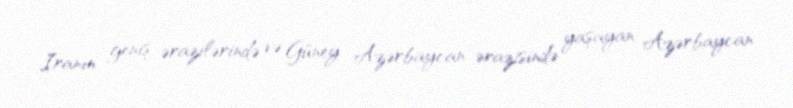
İranın geniş ərazilərində və Güney Azərbaycan ərazisində yaşayan Azərbaycan